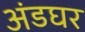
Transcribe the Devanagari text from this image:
अंडघर